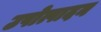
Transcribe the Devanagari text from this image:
उपोत्पादन